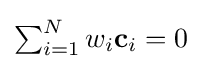
{\textstyle \sum _{i=1}^{N}w_{i}\mathbf {c} _{i}=0}